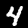
Label: 4